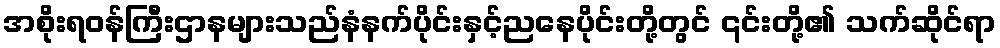
အစိုးရဝန်ကြီးဌာနများသည်နံနက်ပိုင်းနှင့်ညနေပိုင်းတို့တွင် ၎င်းတို့၏ သက်ဆိုင်ရာ